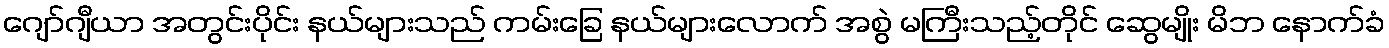
ဂျော်ဂျီယာ အတွင်းပိုင်း နယ်များသည် ကမ်းခြေ နယ်များလောက် အစွဲ မကြီးသည့်တိုင် ဆွေမျိုး မိဘ နောက်ခံ